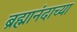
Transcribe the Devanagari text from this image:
ब्रह्मानंदाच्या